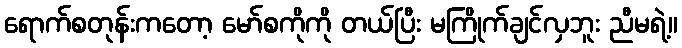
ရောက်စတုန်းကတော့ မော်စကိုကို တယ်ပြီး မကြိုက်ချင်လှဘူး ညီမရဲ့။